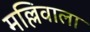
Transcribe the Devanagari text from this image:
मल्लिवाला